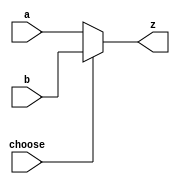
`timescale 1ns / 1ps
//////////////////////////////////////////////////////////////////////////////////
// Company: 
// Engineer: 
// 
// Design Name: 
// Module Name: MUX_2
// Project Name: 
// Target Devices: 
// Tool Versions: 
// Description: 
// 
// Dependencies: 
// 
// Revision:
// Revision 0.01 - File Created
// Additional Comments:
// 
//////////////////////////////////////////////////////////////////////////////////


module MUX_2(
    input [31:0]a,
    input [31:0]b,
    input choose,
    output [31:0]z
    );
    assign z= choose ? b : a;
endmodule